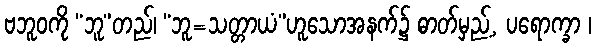
ဗဘူဝကို “ဘူ”တည်၊ “ဘူ=သတ္တာယံ”ဟူသောအနက်၌ ဓာတ်မှည့်, ပရောက္ခာ ၊